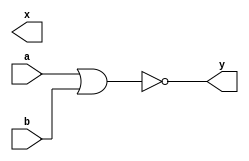
module nor1(input wire a,b,output wire x,y);
assign y = ~(a|b);

endmodule